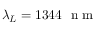
\lambda _ { L } = 1 3 4 4 \ \mathrm { ~ n ~ m ~ }